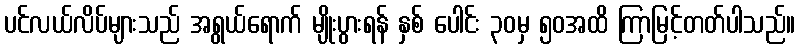
ပင်လယ်လိပ်များသည် အရွယ်ရောက် မျိုးပွားရန် နှစ် ပေါင်း ၃၀မှ ၅၀အထိ ကြာမြင့်တတ်ပါသည်။